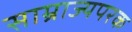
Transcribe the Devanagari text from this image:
साम्राज्यपरक